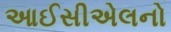
આઈસીએલનો